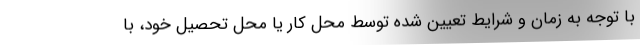
با توجه به زمان و شرایط تعیین شده توسط محل کار یا محل تحصیل خود، با